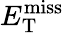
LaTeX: E_{\mathrm{T}}^{\mathrm{miss}}